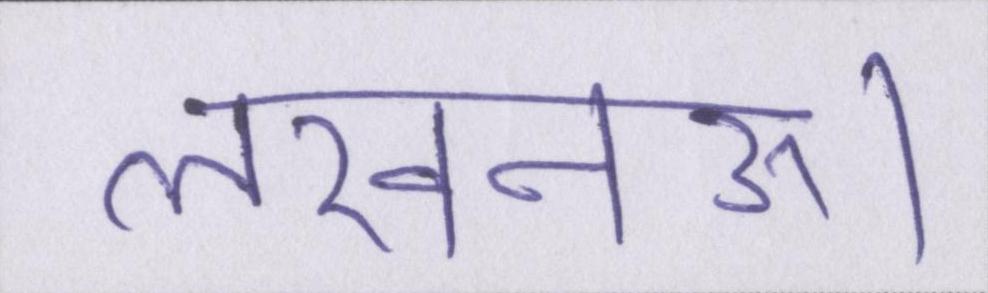
लखनऊ।